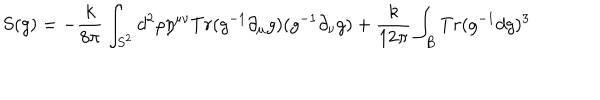
S ( g ) = - { \frac { k } { 8 \pi } } \int _ { S ^ { 2 } } d ^ { 2 } \rho \eta ^ { \mu \nu } T r ( g ^ { - 1 } \partial _ { \mu } g ) ( g ^ { - 1 } \partial _ { \nu } g ) + { \frac { k } { 1 2 \pi } } \int _ { B } T r ( g ^ { - 1 } d g ) ^ { 3 }